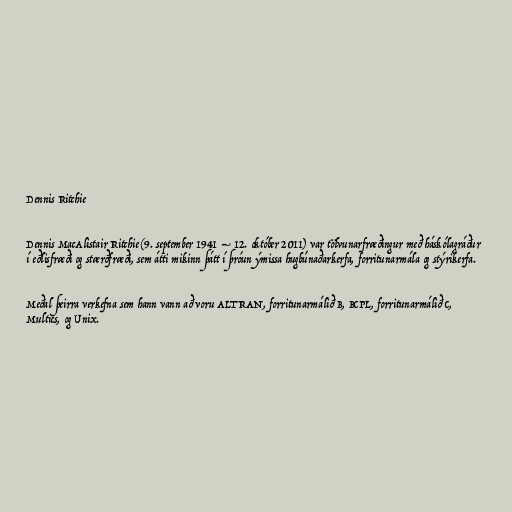
Dennis Ritchie

Dennis MacAlistair Ritchie (9. september 1941 – 12. október 2011) var tölvunarfræðingur með háskólagráður
í eðlisfræði og stærðfræði, sem átti mikinn þátt í þróun ýmissa hugbúnaðarkerfa, forritunarmála og stýrikerfa.

Meðal þeirra verkefna sem hann vann að voru ALTRAN, forritunarmálið B, BCPL, forritunarmálið C,
Multics, og Unix.